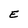
Character: E